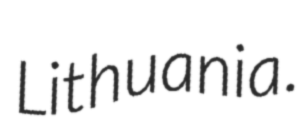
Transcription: Lithuania.